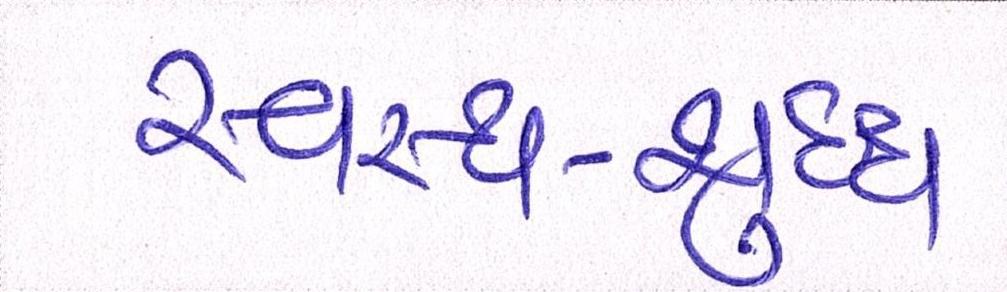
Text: સ્વસ્થ-શુદ્ધ